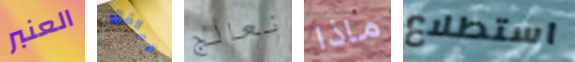
العنبر ترافق نعالج ماذا استطلاع